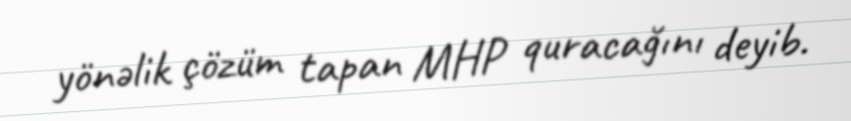
yönəlik çözüm tapan MHP quracağını deyib.